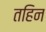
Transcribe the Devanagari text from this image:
तहिन